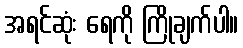
အရင်ဆုံး ရေကို ကြိုချက်ပါ။